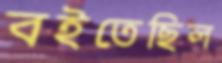
বইতেছিল